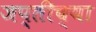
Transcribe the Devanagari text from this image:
जप्तीच्या